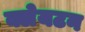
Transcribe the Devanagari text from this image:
क्लेयटन